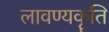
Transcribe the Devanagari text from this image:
लावण्यकॄति